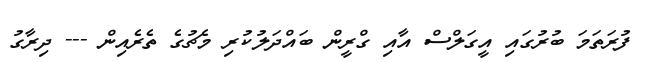
ފުރަތަމަ ބުރުގައި އީގަލްސް އާއި ގްރީން ބައްދަލުކުރި މެޗުގެ ތެރެއިން --- ދިރާގު